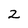
Character: 2